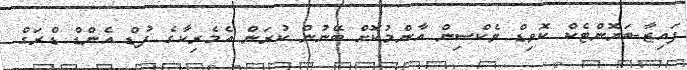
ފައިޒާ-ބަޔޮންޓެކް ކޮވިޑް ވެކްސިން އާންމުކޮށް ބޭނުން ކުރަން އެމެރިކާގެ ފުޑް އެންޑް ޑްރަގް